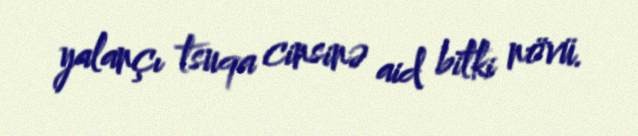
yalançı tsuqa cinsinə aid bitki növü.